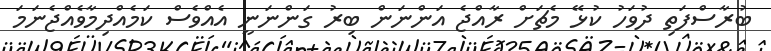
ބުރާސްފަތި ދުވަހު ކުޅޭ މެޗަށް ރާއްޖެ އަންނަން ބިރު ގަންނަނީ އެއްވެސް ކަމެއްދިމާވެއްޖެނަމަ